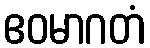
ဧဝမာဂတံ